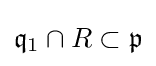
{\mathfrak {q}}_{1}\cap R\subset {\mathfrak {p}}